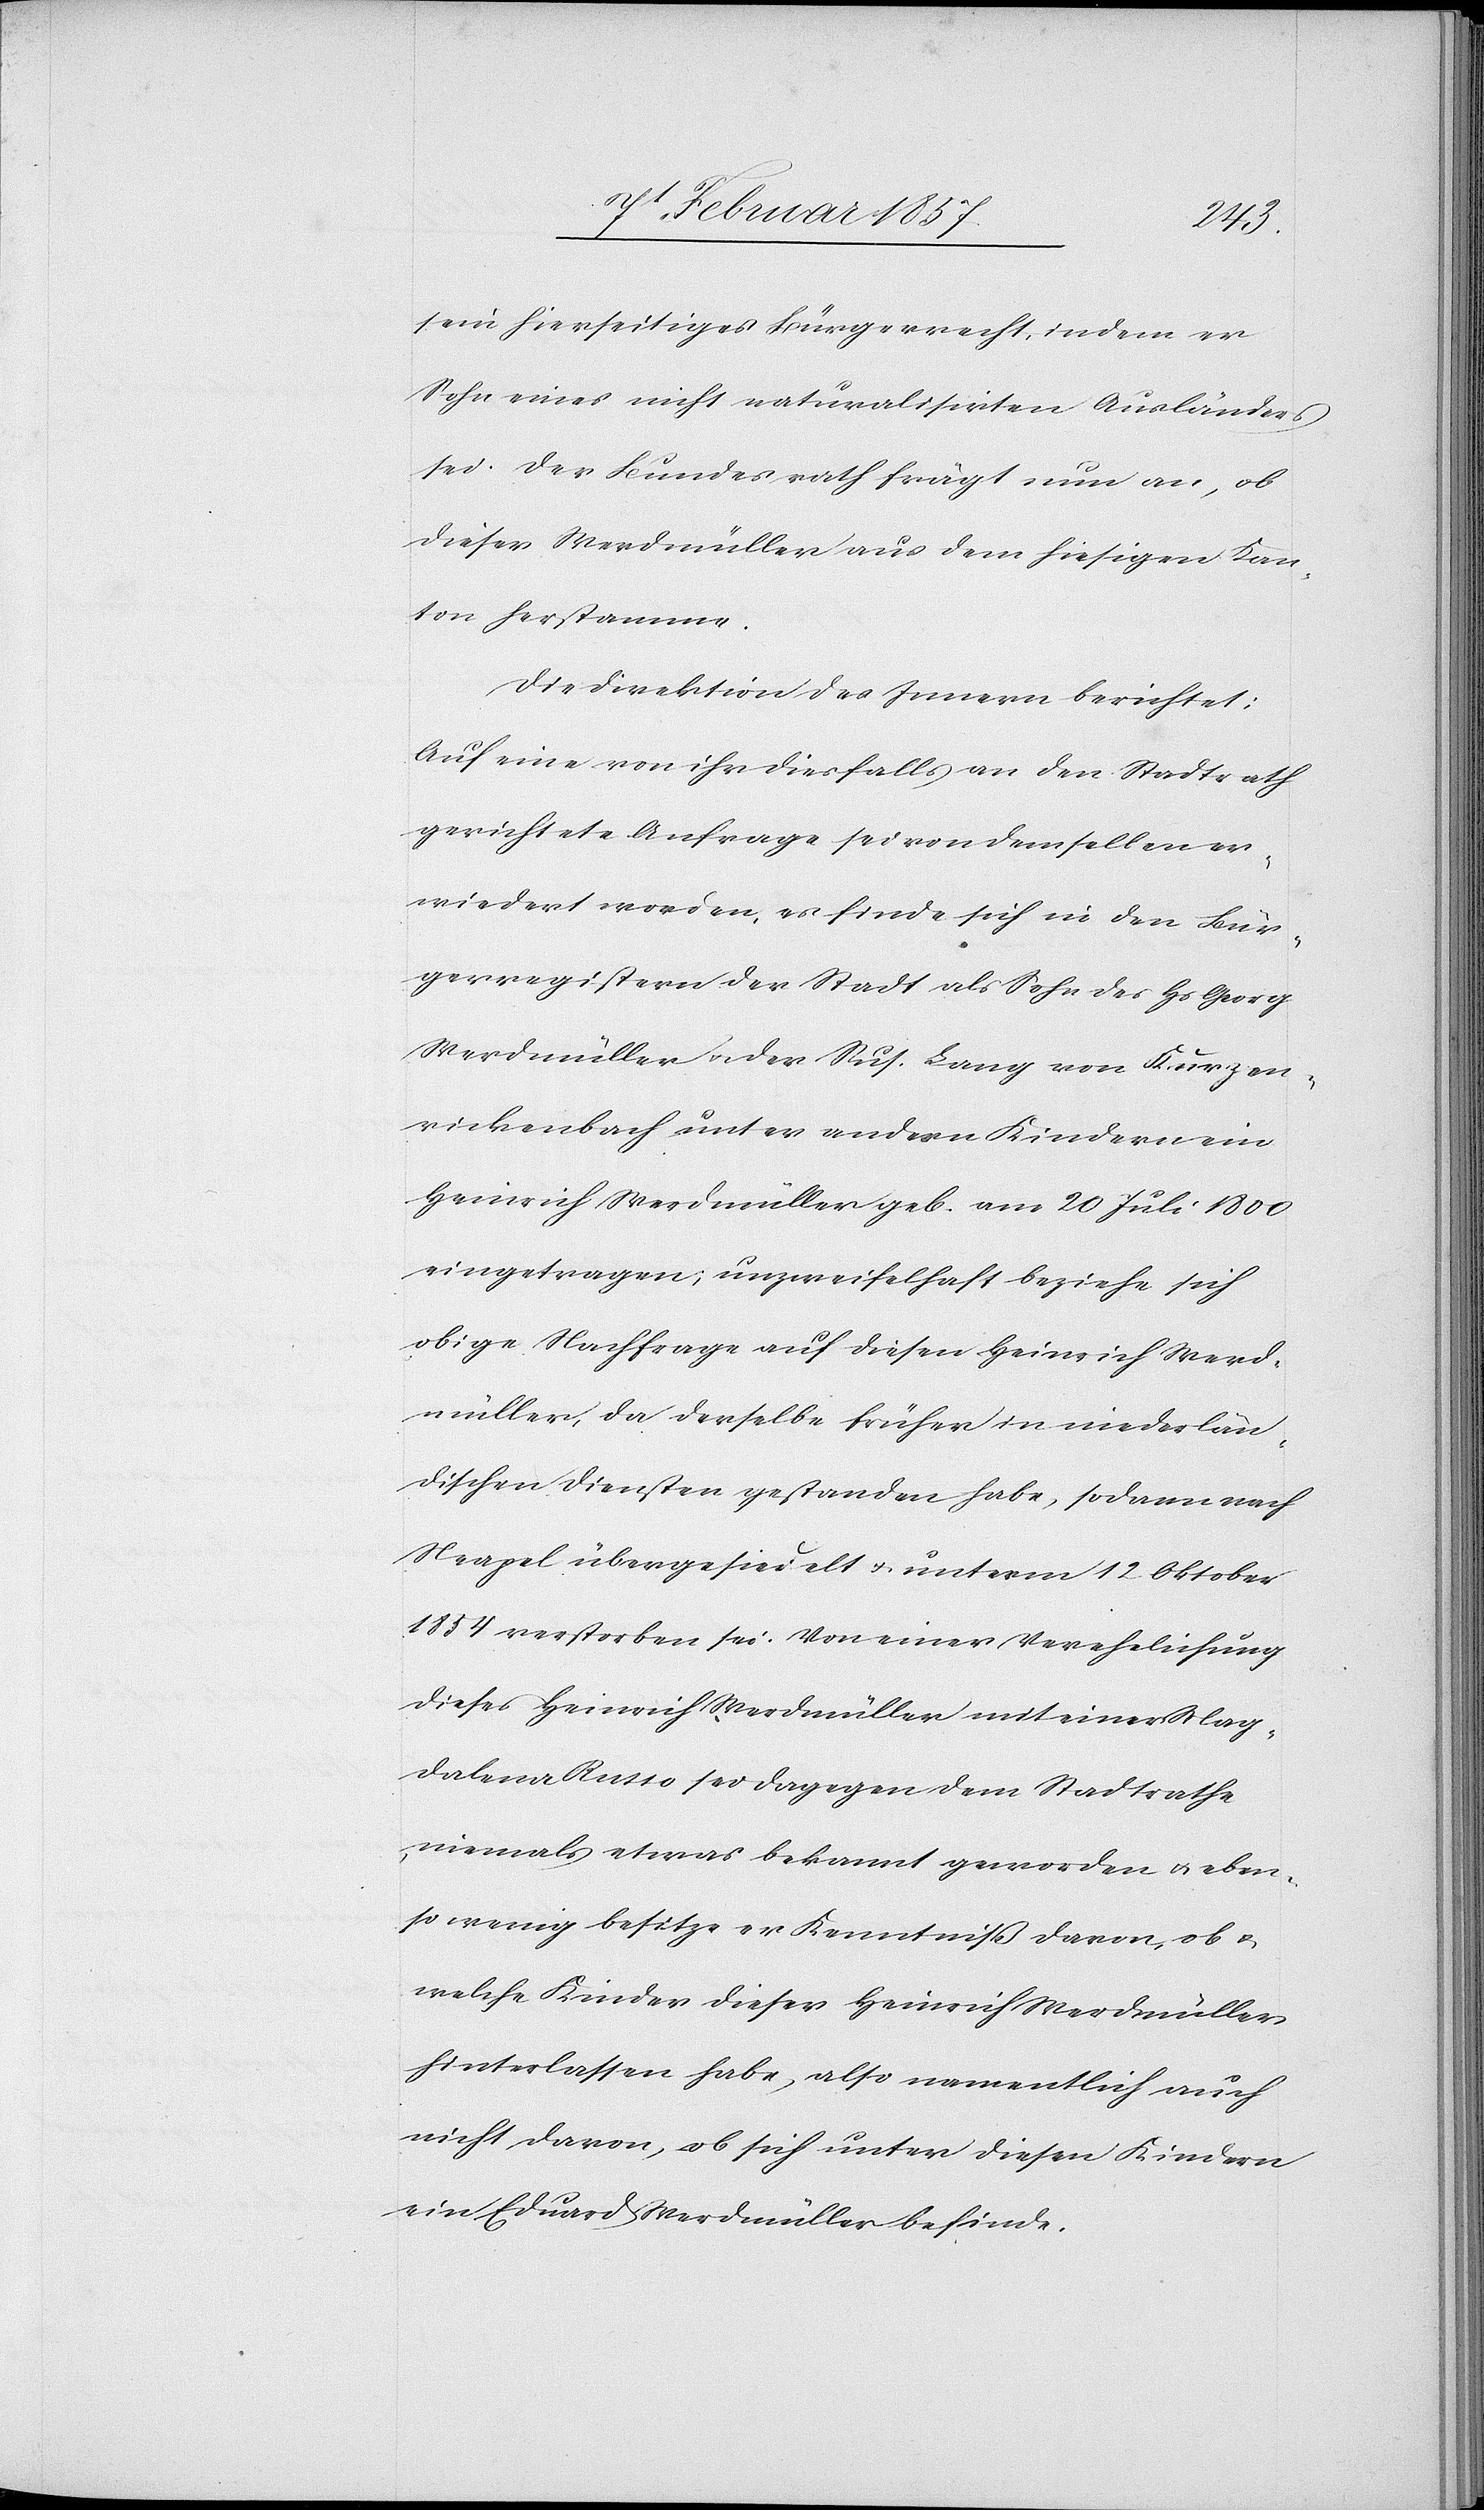
sein hierseitiges Bürgerrecht indem er
Sohn eines nicht naturalisirten Ausländers
sei. Der Bundesrath frägt nun an, ob
dieser Werdmüller aus dem hiesigen Kan¬
ton herstamme.
Die Direktion des Innern berichtet:
Auf eine von ihr diesfalls an den Stadtrath
gerichtete Anfrage sei von demselben er¬
wiedert worden, es finde sich in den Bür¬
gerregistern der Stadt als Sohn des Hs Georg
Werdmüller u. der Sus. Lang von Kurzen¬
rickenbach unter andern Kindern ein
Heinrich Werdmüller geb. am 20 Juli 1800
eingetragen; unzweifelhaft beziehe sich
obige Nachfrage auf diesen Heinrich Werd¬
müller, da derselbe früher in niederlän¬
dischen Diensten gestanden habe, sodann nach
Neapel übergesiedelt u. unterm 12 Oktober
1854 verstorben sei. Von einer Verehelichung
dieses Heinrich Werdmüller mit einer Mag¬
dalena Russo sei dagegen dem Stadtrathe
niemals etwas bekannt geworden u. eben¬
so wenig besitze er Kenntniß davon, ob u.
welche Kinder dieser Heinrich Werdmüller
hinterlassen habe, also namentlich auch
nicht davon, ob sich unter diesen Kindern
ein Eduard Werdmüller befinde.